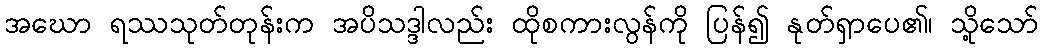
အဃော ရဿသုတ်တုန်းက အပိသဒ္ဒါလည်း ထိုစကားလွန်ကို ပြန်၍ နုတ်ရှာပေ၏၊ သို့သော်